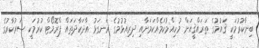
ބިނާކުރުމަކީ ޤައުމުގެ ތަރައްޤީއަށް މުހިއްމުކަމެއްކަމަށާއި ދިރިއުޅުމުގެ ރަނގަޅު އާދަކާދަތައް ޕްރޮމޯޓް ކުރުމަކީ ސަރުކާރުގެ